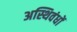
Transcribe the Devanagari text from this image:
अस्थिवंधों